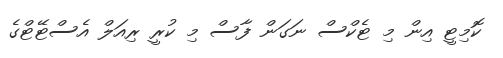
ކޮމިޓީ އިން މި ޓެކްސް ނަގަން ފާސް މި ކުރީ ރިއަލް އެސްޓޭޓްގެ